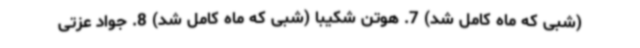
(شبی که ماه کامل شد) 7. هوتن شکیبا (شبی که ماه کامل شد) 8. جواد عزتی